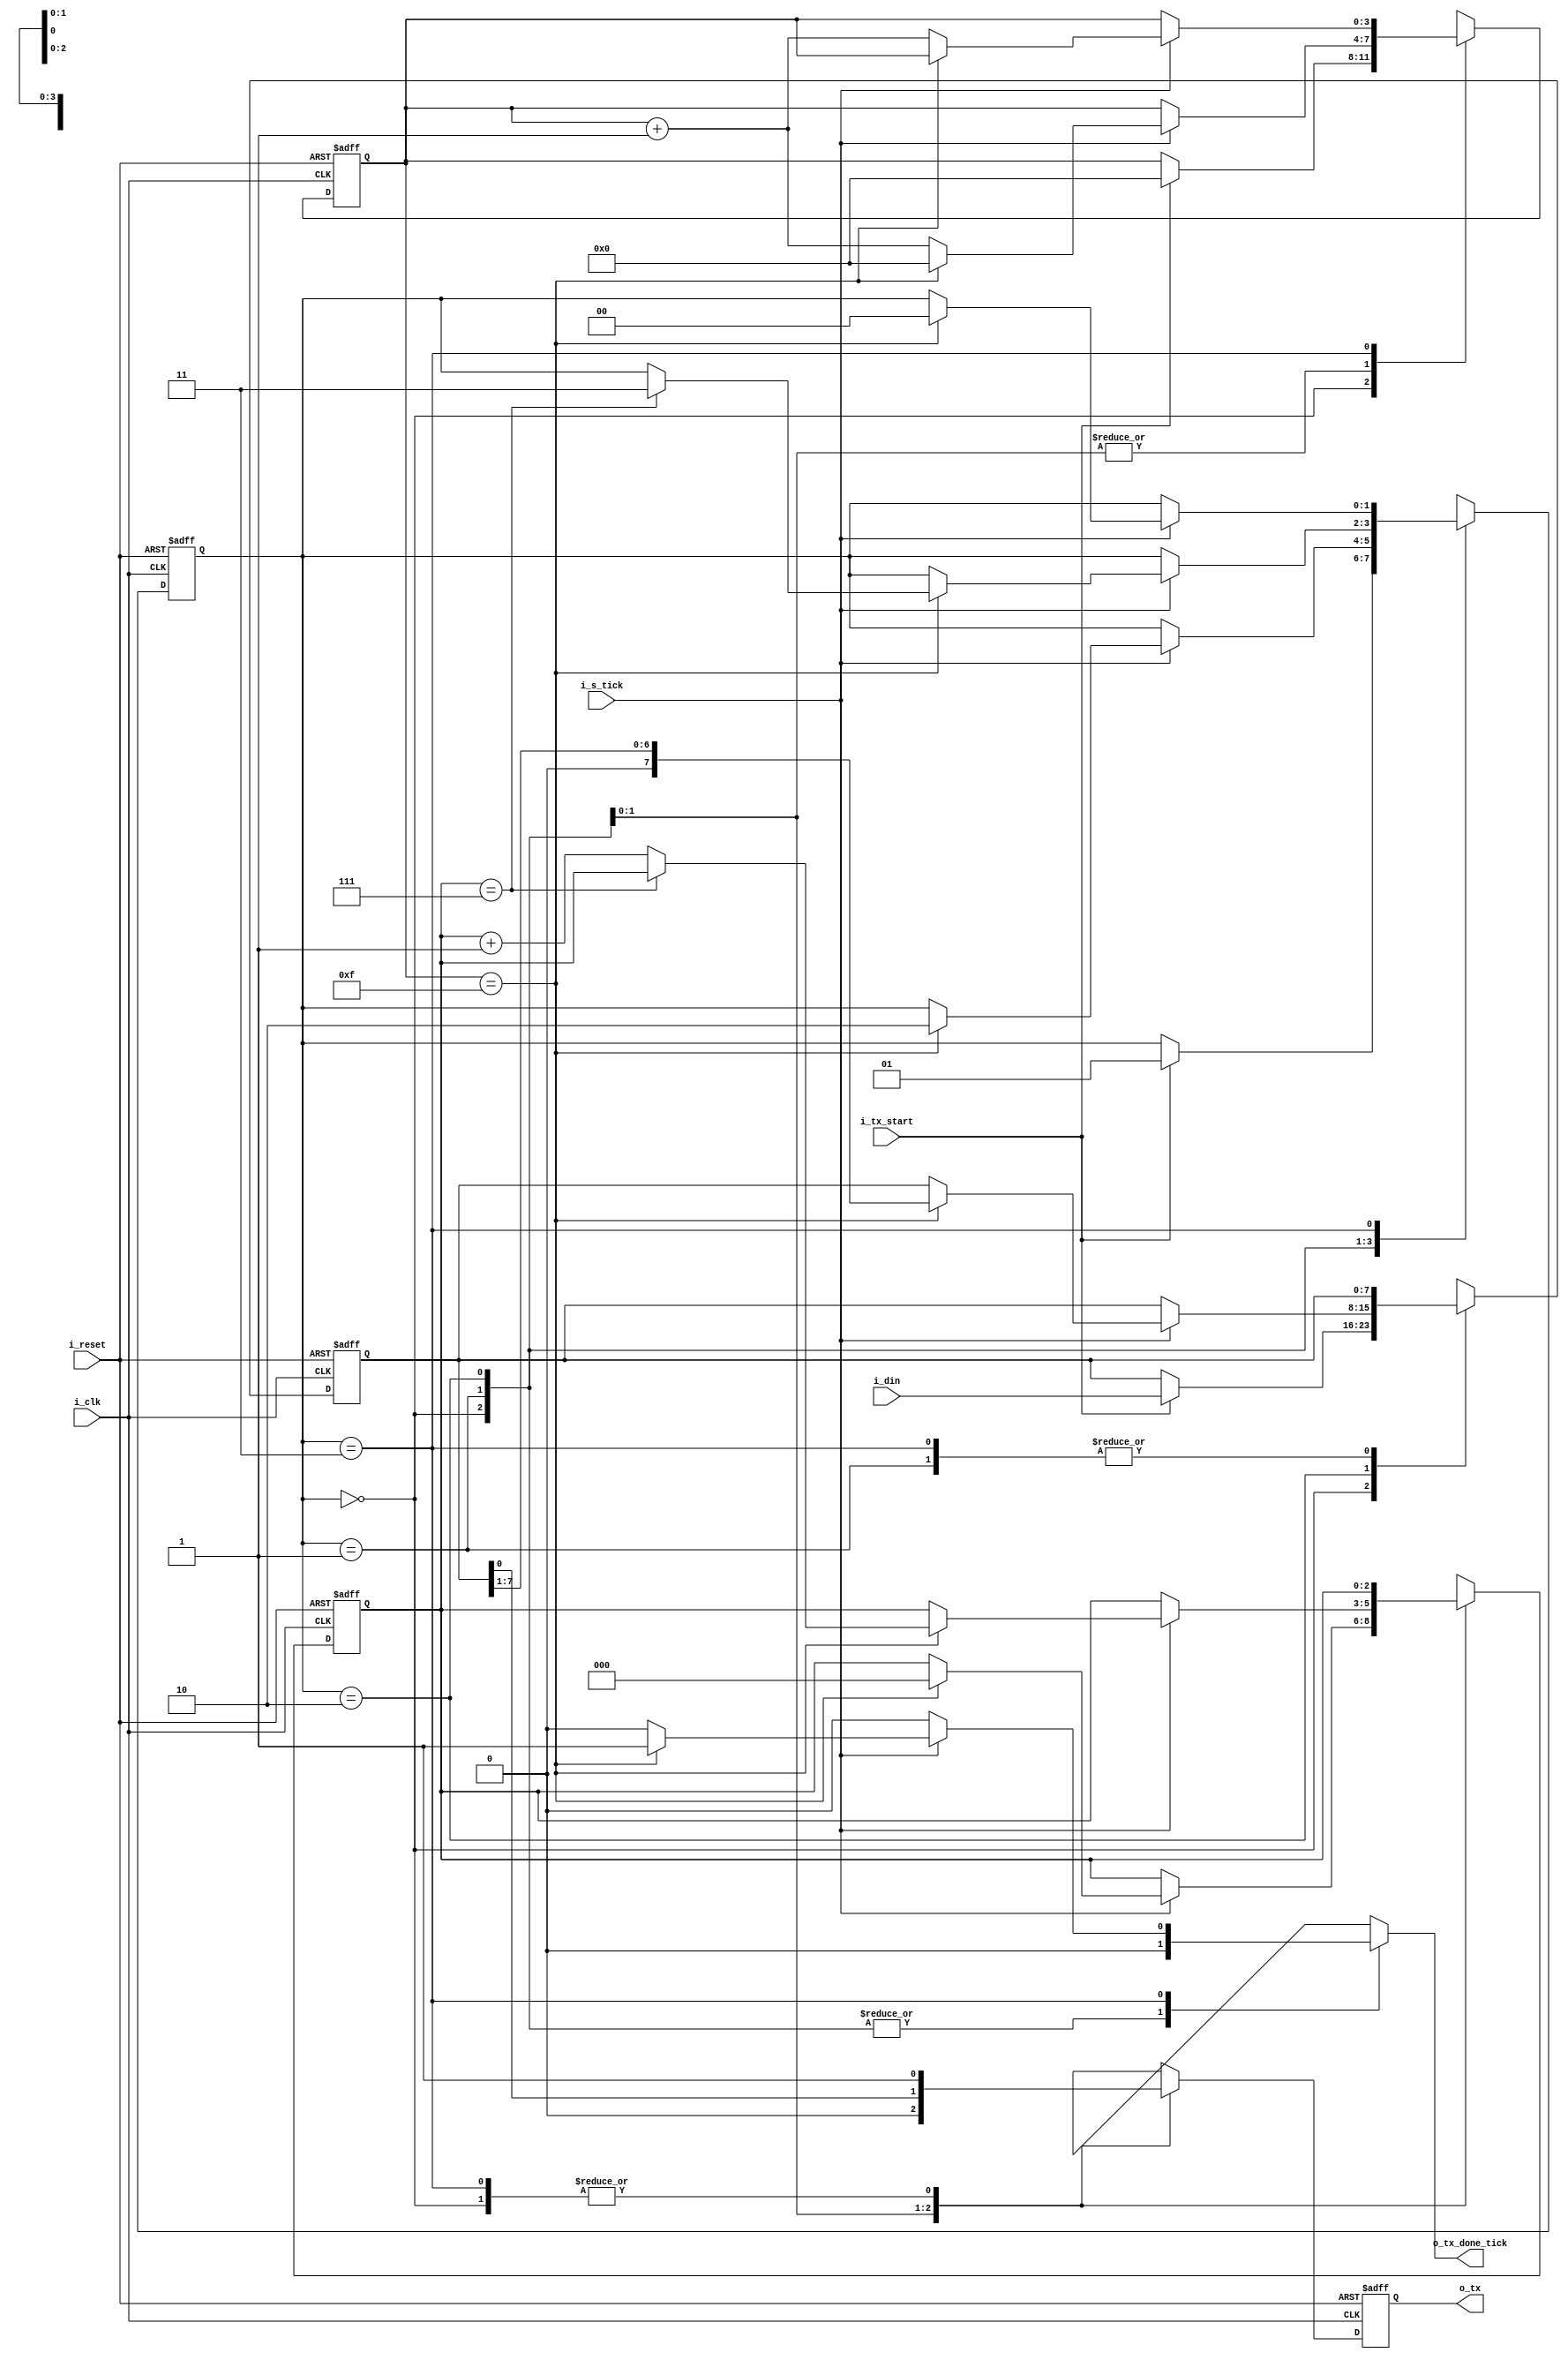
`timescale 1ns / 1ps
module uart_tx
	#(
		parameter DBIT = 8,		// # data bits
		parameter SB_TICK = 16	// # ticks for stop bit
   )
	(
		input		wire 			i_clk,
		input		wire 			i_reset,
		input		wire 			i_tx_start,       //starts transmitting
		input      	wire 			i_s_tick,         //tick from baud rate generator   
		input 	    wire	[7:0]   i_din,            //data to be sent    
		output 	    reg 			o_tx_done_tick,   //indicates when transmission is over
		output 	    wire 			o_tx              //data output to external source
	);
	//symbolic state declaration
	localparam [1:0]
		idle = 2'b00,
		start =2'b01,
		data = 2'b10,
		stop = 2'b11;
	
	//signal declaration
	reg [1:0] state_reg, state_next;
	reg [3:0] s_reg, s_next;
	reg [2:0] n_reg, n_next;
	reg [7:0] b_reg, b_next;
	reg tx_reg, tx_next;
	
	//FSMD state
	always @(posedge i_clk, posedge i_reset)
		if(i_reset)
			begin
				state_reg   <= idle;
				s_reg       <=0;
				n_reg       <=0;
				b_reg       <=0;
				tx_reg      <= 1'b1;
			end
		else
			begin
				state_reg   <= state_next;
				s_reg       <= s_next;
				n_reg       <= n_next;
				b_reg       <= b_next;
				tx_reg      <= tx_next;
			end
			
	//FSMD next state logic
	always @(*)
	begin
		state_next        = state_reg;
		o_tx_done_tick    = 1'b0;
		s_next            = s_reg;
		n_next            = n_reg;
		b_next            = b_reg;
		tx_next           = tx_reg;
		case (state_reg)
			idle:
				begin
					tx_next = 1'b1;
					if(i_tx_start)
						begin
							state_next   = start;
							s_next       = 0;
							b_next       = i_din;
						end
				end
			start:
				begin
					tx_next = 1'b0;
					if(i_s_tick)
						if(s_reg==15)
							begin
								state_next = data;
								s_next = 0;
								n_next = 0;
							end
						else
							s_next = s_reg + 1;
				end
			data:
				begin
					tx_next = b_reg[0];
					if(i_s_tick)
						if(s_reg==15)
							begin
								s_next = 0;
								b_next = b_reg >> 1;
								if(n_reg==(DBIT-1))
									state_next = stop;
								else
									n_next = n_reg + 1;
							end
						else
							s_next = s_reg + 1;
				end
			stop:
				begin
					tx_next = 1'b1;
					if(i_s_tick)
						if(s_reg==(SB_TICK-1))
							begin
								state_next = idle;
								o_tx_done_tick = 1'b1;
							end
						else
							s_next = s_reg + 1;
				end
		endcase
	end
		
	//output
	assign o_tx = tx_reg;

endmodule